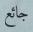
جائع